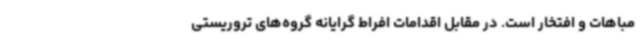
مباهات و افتخار است. در مقابل اقدامات افراط گرایانه گروه‌های تروریستی